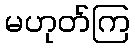
မဟုတ်ကြ